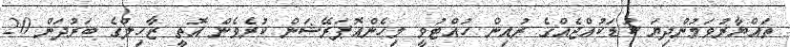
ތައްޔާރުވަމުންދިޔަ ކުޑަކުއްޖެއްގެ ރުއިން ހުއްޓުވީ މިހެންއޮޕަރޭޝަން ކުރެވެން އޮތީ ޒާހިލްގެ ބަރުދަން 20